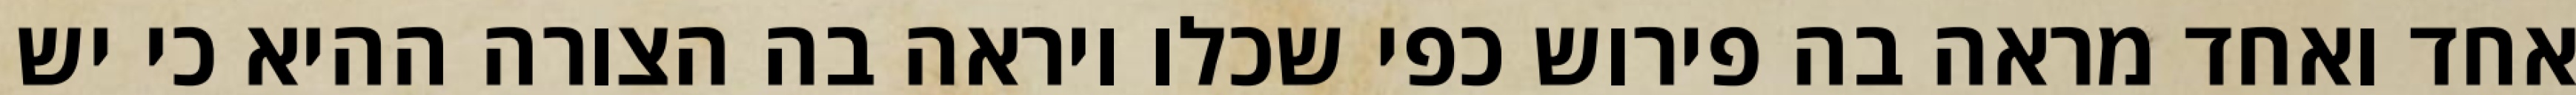
אחד ואחד מראה בה פירוש כפי שכלו ויראה בה הצורה ההיא כי יש